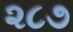
૨૮૭